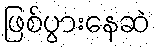
ဖြစ်ပွားနေဆဲ